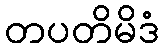
တပတိမိဒံ